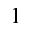
1